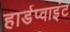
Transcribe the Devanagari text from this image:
हार्डप्वाइंट